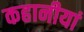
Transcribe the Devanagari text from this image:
कहानीयां